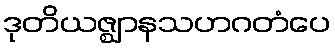
ဒုတိယဇ္ဈာနသဟဂတံပေ